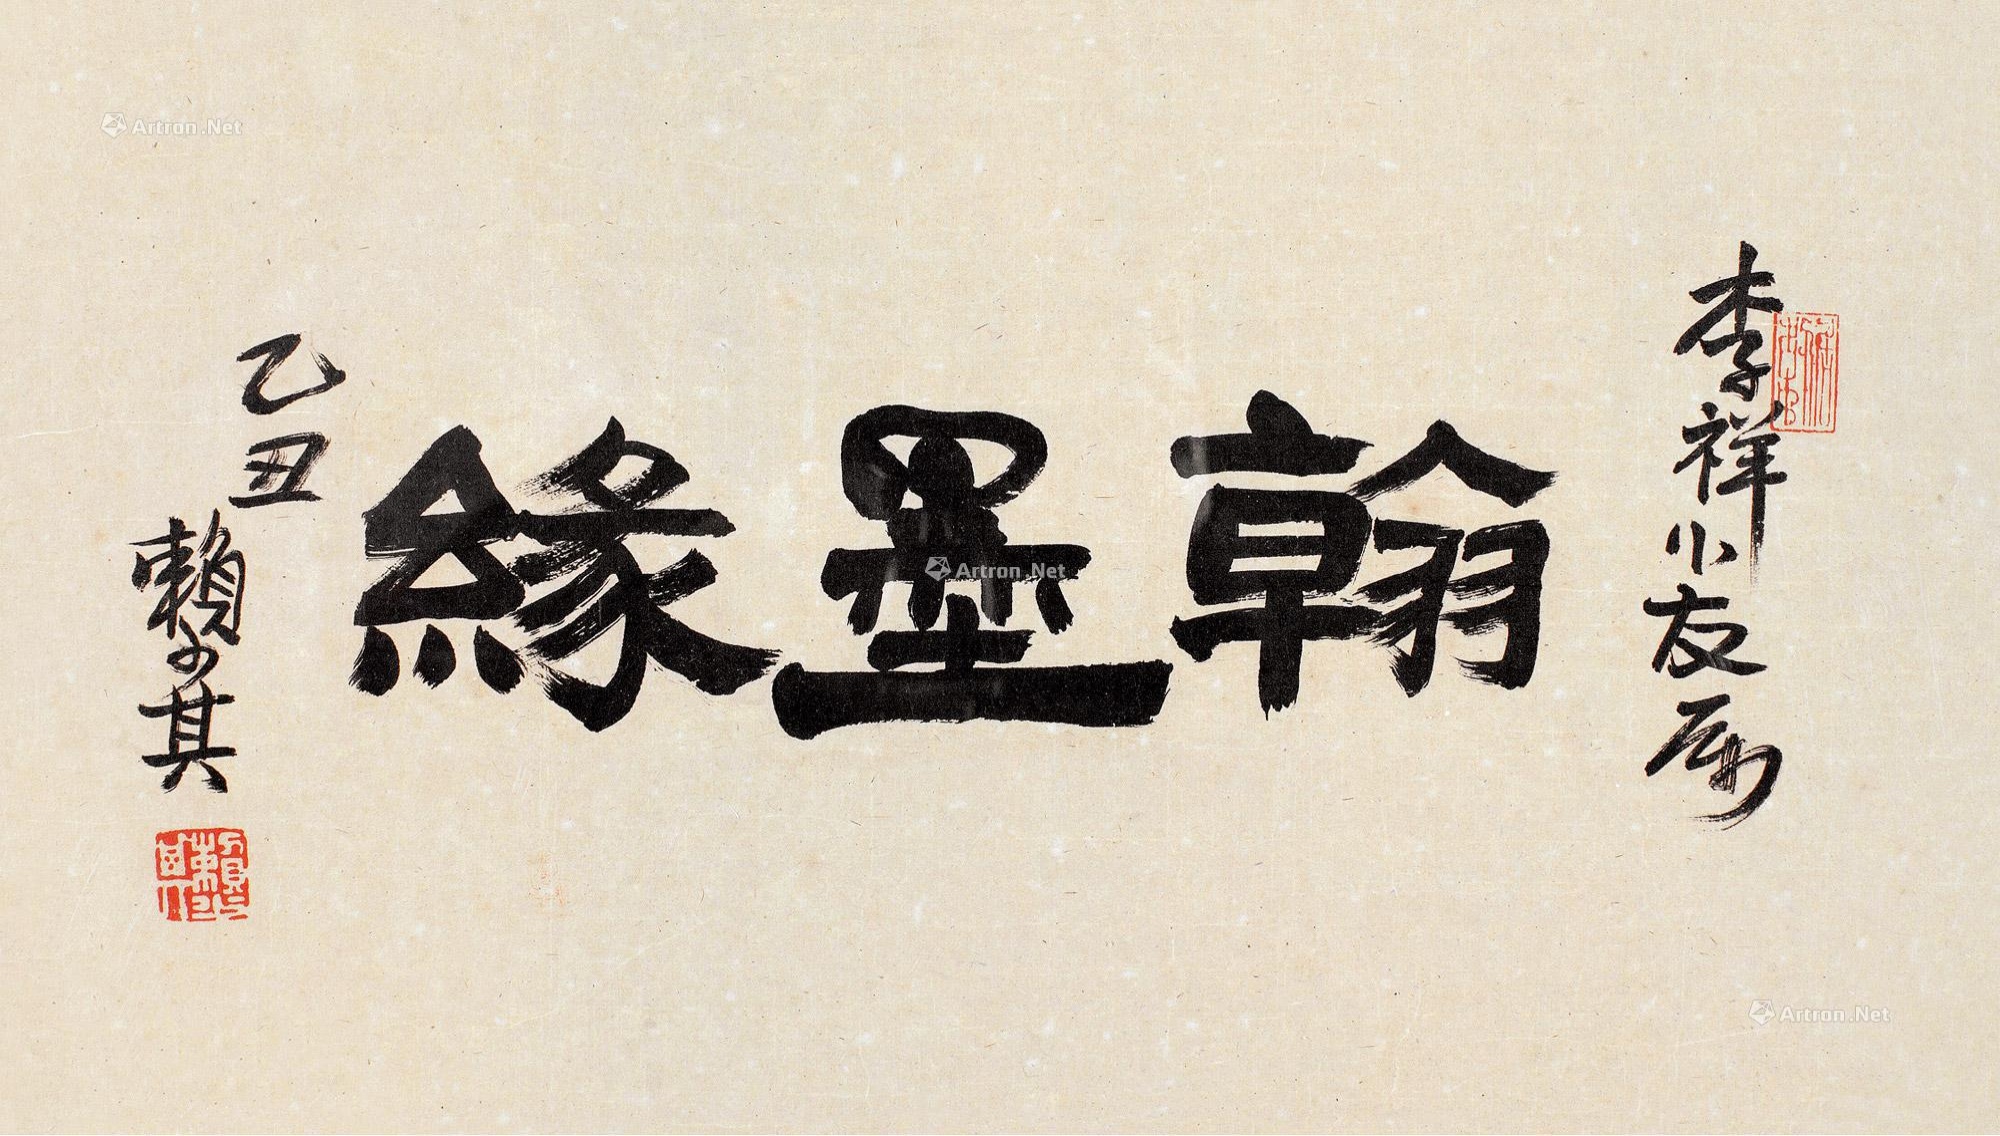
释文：翰墨缘。李祥小友属，乙丑，赖少其。